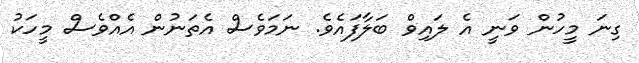
ގިނަ މީހުން ވަނީ އެ ލައިވް ބަލާފައެވެ. ނަމަވެސް އެތަނުން އެއްވެސް މީހަކު